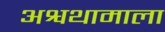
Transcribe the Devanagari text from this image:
अश्वथामाला